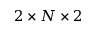
2 \times N \times 2